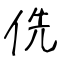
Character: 侁